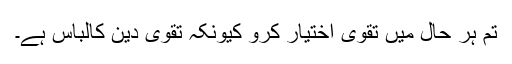
تم ہر حال میں تقویٰ اختیار کرو کیونکہ تقویٰ دین کالباس ہے۔